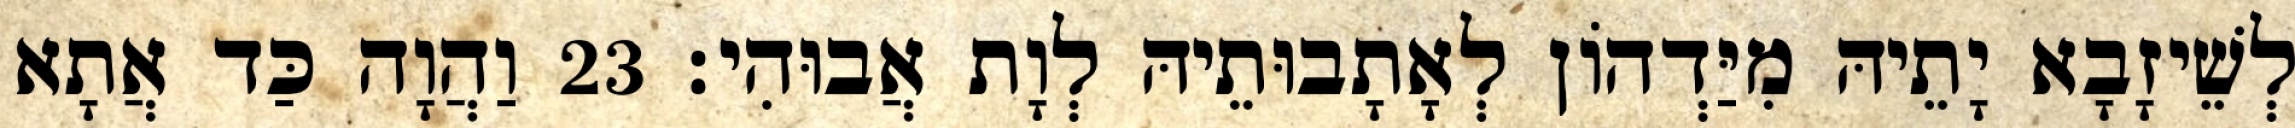
לְשֵׁיזָבָא יָתֵיהּ מִיַּדְהוֹן לְאָתָבוּתֵיהּ לְוָת אֲבוּהִי׃ 23 וַהֲוָה כַּד אֲתָא